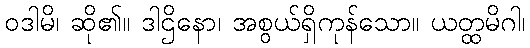
ဝဒါမိ၊ ဆို၏။ ဒါဌိနော၊ အစွယ်ရှိကုန်သော။ ယတ္ထမိဂါ၊